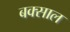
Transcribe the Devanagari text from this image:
बक्साल